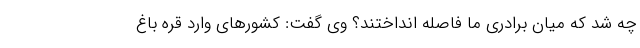
چه شد که میان برادری ما فاصله انداختند؟ وی گفت: کشورهای وارد قره باغ